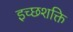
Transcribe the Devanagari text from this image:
इच्छशक्ति